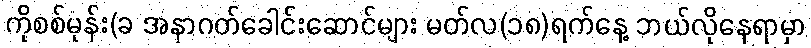
ကိုစစ်မုန်း(ခ အနာဂတ်ခေါင်းဆောင်များ မတ်လ(၁၈)ရက်နေ့ ဘယ်လိုနေရာမှာ